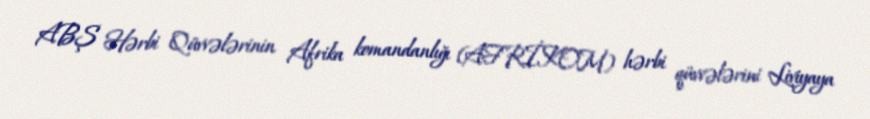
ABŞ Hərbi Qüvvələrinin Afrika komandanlığı (AFRİKOM) hərbi qüvvələrini Liviyaya